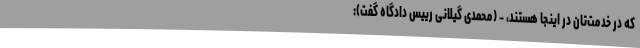
که در خدمت‌تان در اینجا هستند، - (‌محمدی گیلانی رییس دادگاه گفت):